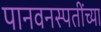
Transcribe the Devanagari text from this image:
पानवनस्पतींच्या